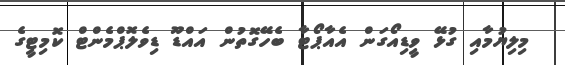
މިލިޔުމާއި ގުޅޭ ވީޑިއޯގަން އެއާޕޯޓާ ބެހޭގޮތުން އައްޑޫ ޑިވެލޮޕްމެންޓް ކޮމިޓީގެ